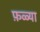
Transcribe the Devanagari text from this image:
फ़ळ्या